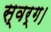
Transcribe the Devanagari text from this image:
स्वर्ग।